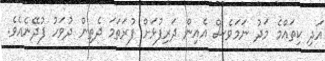
އަދި ކިތައްމެ މަދު ނަމަވެސް އެއިން ދަރިފުޅަށް ފުރަތަމަ ދެތިން ދުވަހު ފުދޭނެއެވެ.